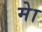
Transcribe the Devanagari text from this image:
मेा